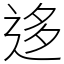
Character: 迻